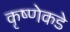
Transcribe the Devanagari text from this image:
कृष्णेकडे